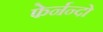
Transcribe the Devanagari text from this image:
फेर्नन्दो